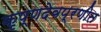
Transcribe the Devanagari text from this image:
कृष्णदेवप्रणीत